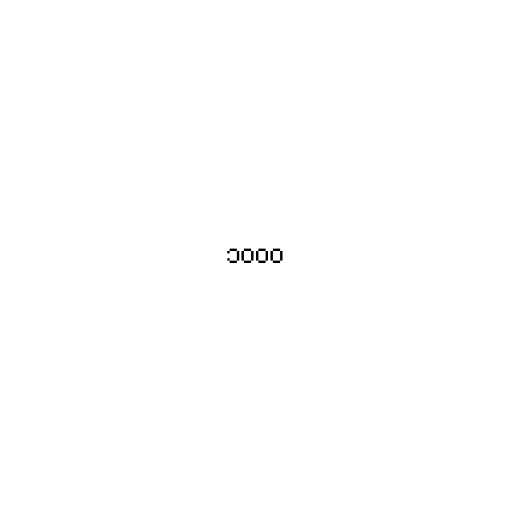
၁၀၀၀